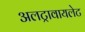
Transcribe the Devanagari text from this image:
अलट्रावायलेट